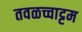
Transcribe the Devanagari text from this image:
तवळच्चाट्टम